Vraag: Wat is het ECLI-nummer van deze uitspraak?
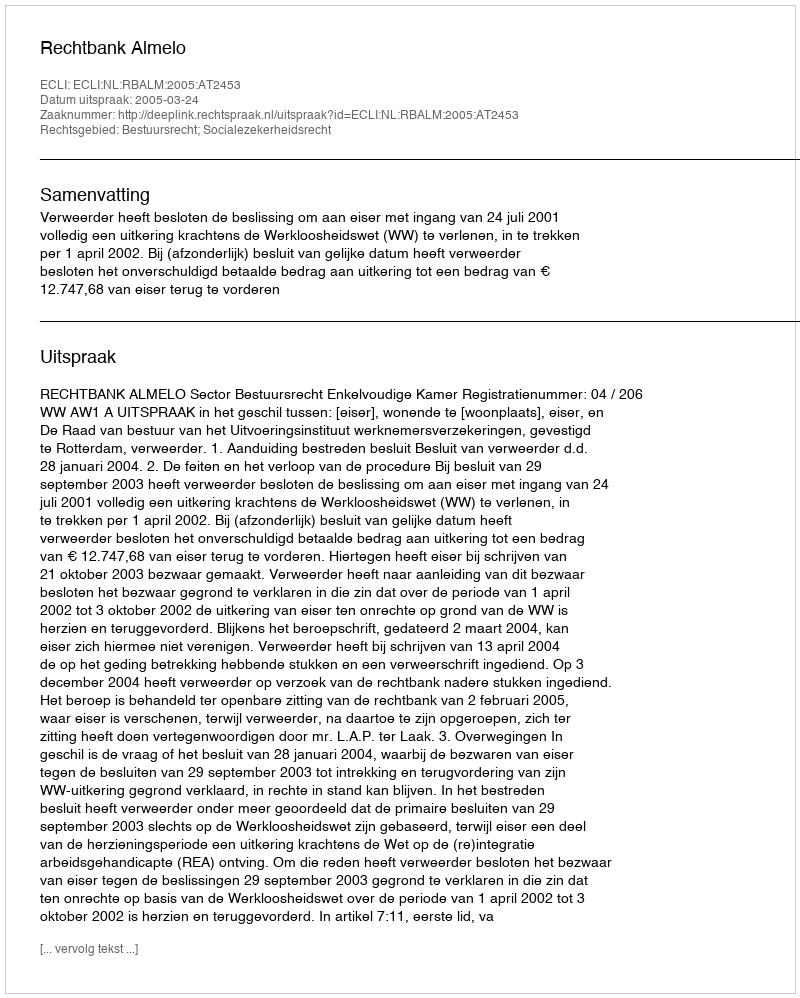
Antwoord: ECLI:NL:RBALM:2005:AT2453